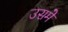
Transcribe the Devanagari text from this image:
उसमेें